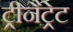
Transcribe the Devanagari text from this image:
ट्रीनैट्रेट